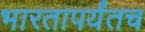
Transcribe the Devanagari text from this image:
भारतापर्यंतच